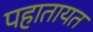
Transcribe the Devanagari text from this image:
पहातायत